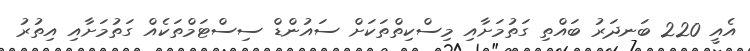
އެއީ 220 ބަނދަރު ބައްތި ގަތުމަށާއި މިސްކިތްތަކަށް ސައުންޑް ސިސްޓަމްތަކެއް ގަތުމަށާއި އިތުރު